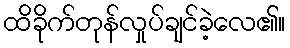
ထိခိုက်တုန်လှုပ်ချင်ခဲ့လေ၏။